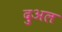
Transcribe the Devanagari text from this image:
दुअल